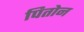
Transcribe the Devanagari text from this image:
पितोन